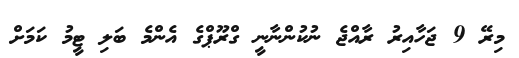
މިރޭ 9 ޖަހާއިރު ރާއްޖެ ނުކުންނާނީ ގްރޫޕްގެ އެންމެ ބަލި ޓީމު ކަމަށް